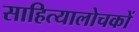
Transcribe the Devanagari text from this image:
साहित्यालोचकों